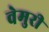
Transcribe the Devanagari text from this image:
वेमुरी